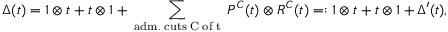
\Delta ( t ) = 1 \otimes t + t \otimes 1 + \sum _ { \mathrm { \tiny ~ a d m . ~ c u t s ~ C ~ o f ~ t ~ } } P ^ { C } ( t ) \otimes R ^ { C } ( t ) = : 1 \otimes t + t \otimes 1 + \Delta ^ { \prime } ( t ) ,